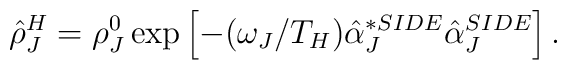
\hat{\rho}^H_J =\rho ^0_J \exp \left[-(\omega _J/T_H )\hat{\alpha}_J^{*SIDE} \hat{\alpha}_J^{SIDE}\right].